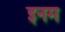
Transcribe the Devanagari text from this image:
इनम